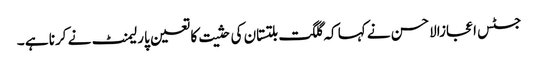
جسٹس اعجازالاحسن نے کہا کہ گلگت بلتستان کی حثیت کا تعین پارلیمنٹ نے کرنا ہے ۔